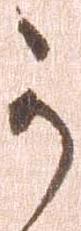
か